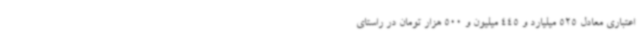
اعتباری معادل 525 میلیارد و 445 میلیون و 500 هزار تومان در راستای